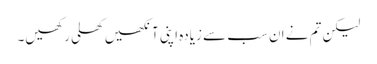
لیکن تم نے ان سب سے زیادہ اپنی آنکھیں کھلی رکھیں۔